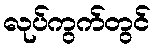
လုပ်ကွက်တွင်